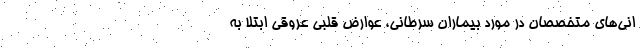
انی‌های متخصصان در مورد بیماران سرطانی، عوارض قلبی عروقی ابتلا به